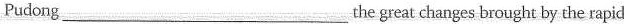
Pudong___ the great changes brought by the rapid